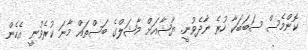
ކޮންމެސް ސަބަބަކާ ހުރެ ނާދެވުނީ. ޔާޝާއަށް މާޝަލްގެ ބަސްތައް މާނަ ކުރެވުނީ އެހެން